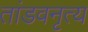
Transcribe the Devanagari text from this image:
तांडवनृत्य